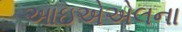
આઇએએલના